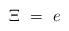
LaTeX: \begin{align*}\Xi \ = \ e\end{align*}